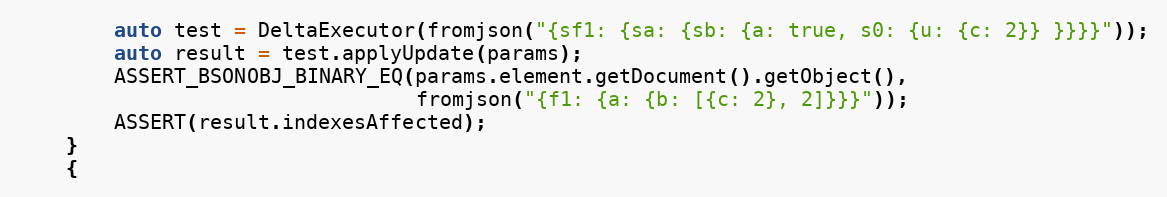
Language: C++
        auto test = DeltaExecutor(fromjson("{sf1: {sa: {sb: {a: true, s0: {u: {c: 2}} }}}}"));
        auto result = test.applyUpdate(params);
        ASSERT_BSONOBJ_BINARY_EQ(params.element.getDocument().getObject(),
                                 fromjson("{f1: {a: {b: [{c: 2}, 2]}}}"));
        ASSERT(result.indexesAffected);
    }
    {